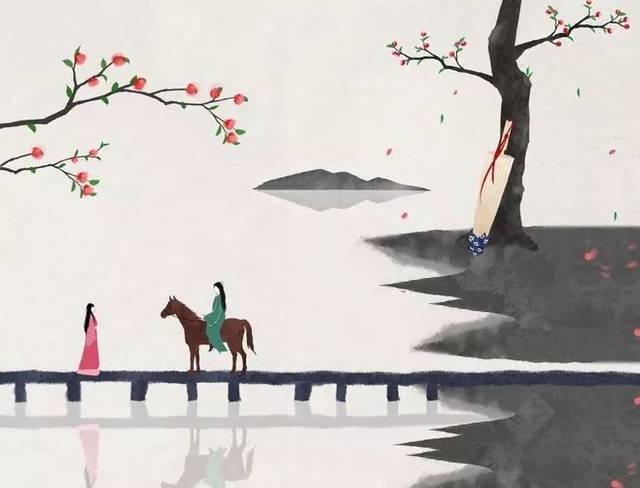
长相思，摧心肝。